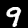
Label: 9